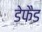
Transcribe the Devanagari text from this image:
डेफैड